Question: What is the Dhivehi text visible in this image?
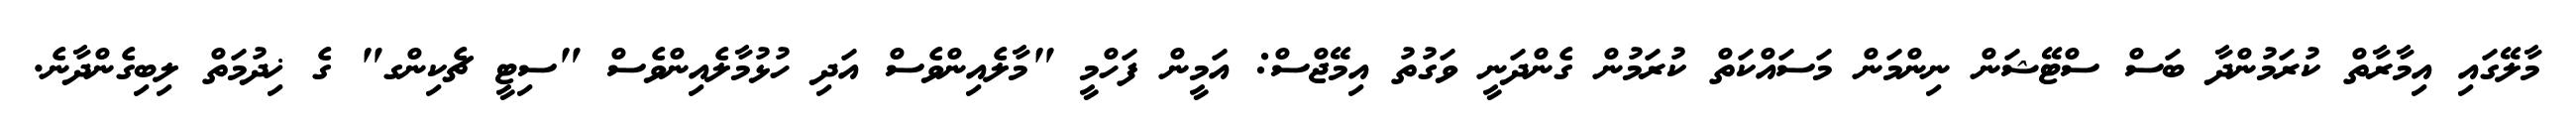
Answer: މާލޭގައި އިމާރާތް ކުރަމުންދާ ބަސް ސްޓޭޝަން ނިންމަން މަސައްކަތް ކުރަމުން ގެންދަނީ ވަގުތު އިމޭޖްސް: އަމީން ފަހްމީ "މާލެއިންވެސް އަދި ހުޅުމާލެއިންވެސް "ސިޓީ ޗެކިންގ" ގެ ޚިދުމަތް ލިބިގެންދާނެ.